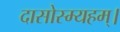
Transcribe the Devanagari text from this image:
दासोस्म्यहम्।